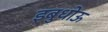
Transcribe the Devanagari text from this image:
इबुधोऊ